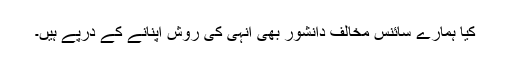
کیا ہمارے سائنس مخالف دانشور بھی انہی کی روش اپنانے کے درپے ہیں۔